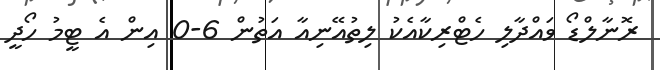
ރޮނާލްޑޯ ވައްދާލި ހެޓްރިކާއެކު ލިތުއޭނިއާ އަތުން 6-0 އިން އެ ޓީމު ހޯދީ